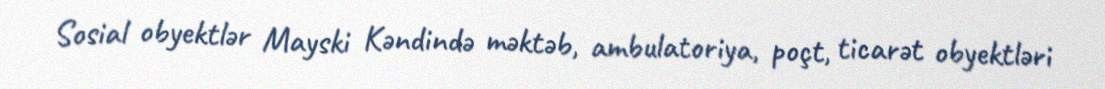
Sosial obyektlər Mayski Kəndində məktəb, ambulatoriya, poçt, ticarət obyektləri